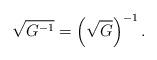
LaTeX: \begin{align*}\sqrt{G^{-1}} = \left( \sqrt{G} \right)^{-1}.\end{align*}